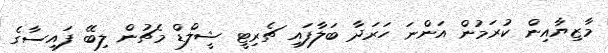
މާޒިޔާއިން ކުރަމުން އަންނަ ހަރަދާ ބަލާފައި ޗެރިޓީ ޝީލްޑް މެޗުން ލިބޭ ފައިސާގެ